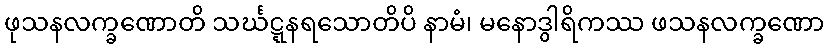
ဖုသနလက္ခဏောတိ သင်္ဃဋ္ဋနရသောတိပိ နာမံ၊ မနောဒွါရိကဿ ဖသနလက္ခဏော